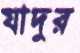
যাদুর